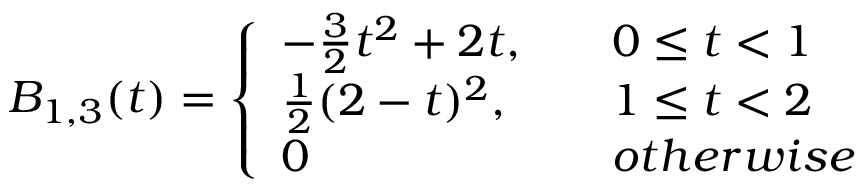
B _ { 1 , 3 } ( t ) = \left\{ \begin{array} { l l } { - \frac { 3 } { 2 } t ^ { 2 } + 2 t , \quad } & { 0 \leq t < 1 } \\ { \frac { 1 } { 2 } ( 2 - t ) ^ { 2 } , \quad } & { 1 \leq t < 2 } \\ { 0 \quad } & { o t h e r w i s e } \end{array} \right.